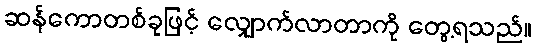
ဆန်ကောတစ်ခုဖြင့် လျှောက်လာတာကို တွေ့ရသည်။